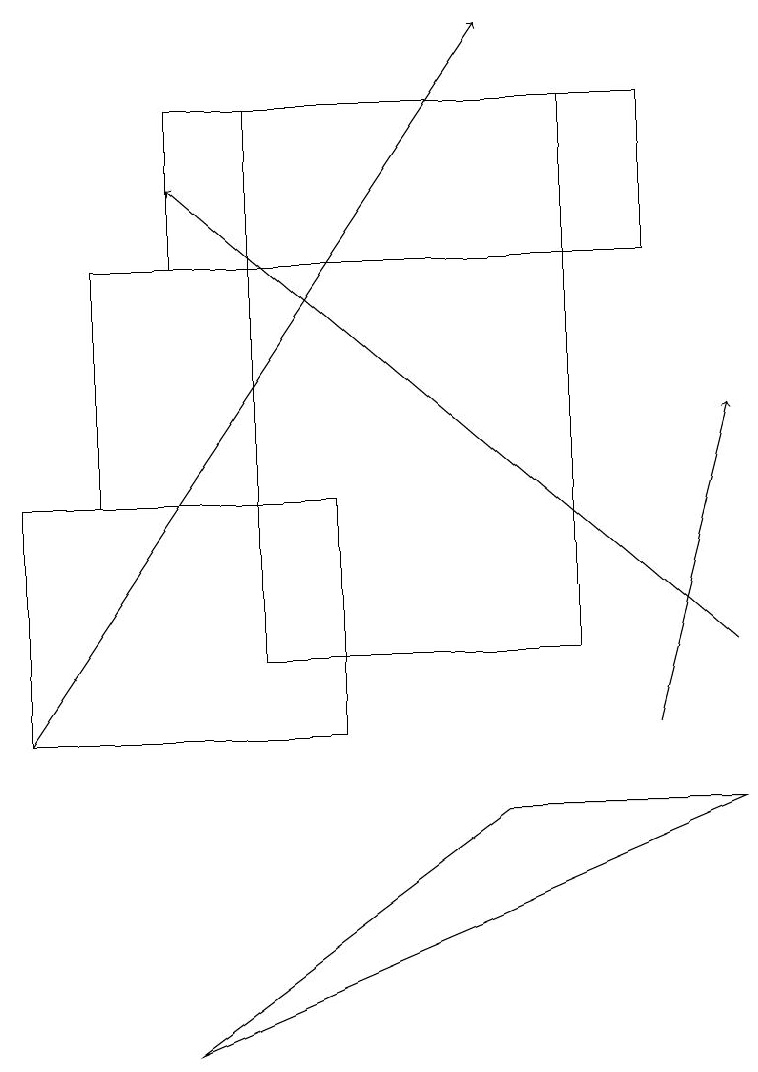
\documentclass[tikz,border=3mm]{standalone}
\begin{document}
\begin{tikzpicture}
\draw (8,18) rectangle (2,16);
\draw (3,18) rectangle (7,11);
\draw (3,13) rectangle (1,16);
\draw[->] (9,11) -- (2,17);
\draw[->] (8,10) -- (9,14);
\draw[->] (0,10) -- (6,19);
\draw (4,10) rectangle (0,13);
\draw (9,9) -- (6,9) -- (2,6) -- cycle;
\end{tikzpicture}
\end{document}